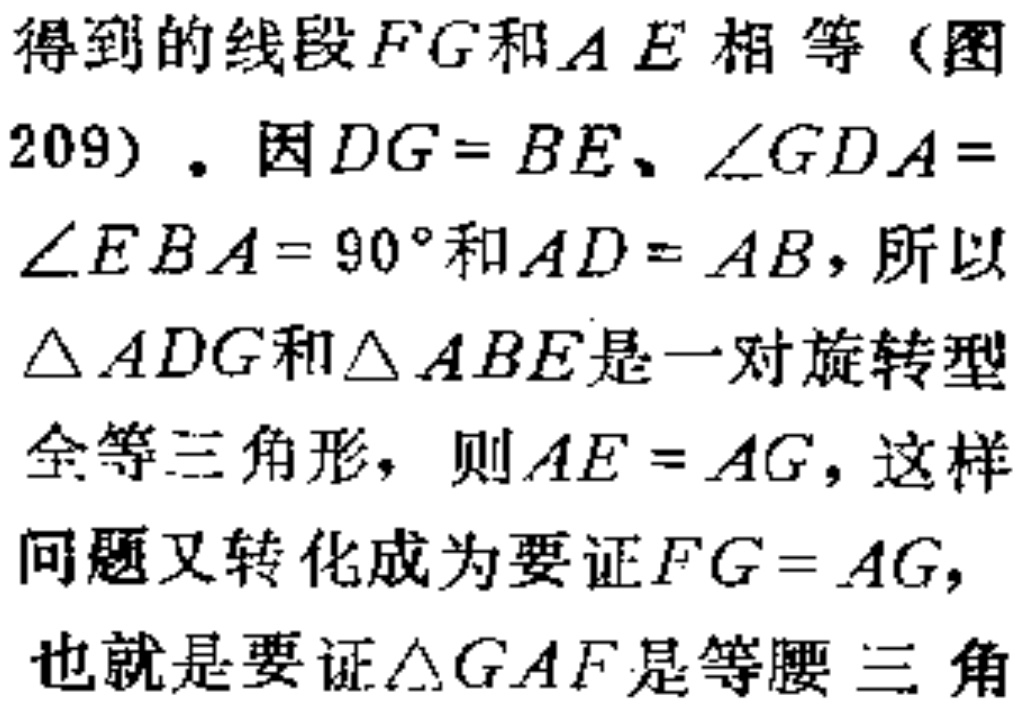
得到的线段$FG$和$AE$相等（图

209）. 因$DG = BE$、$\angle GDA =$

$\angle EBA = 90^{\circ}$和$AD = AB$，所以

$\triangle ADG$和$\triangle ABE$是一对旋转型

全等三角形，则$AE = AG$，这样

问题又转化成为要证$FG = AG$，

也就是要证$\triangle GAF$是等腰三角